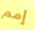
إمم